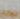
هنا